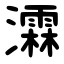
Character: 瀮